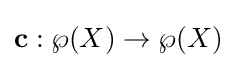
\mathbf {c} :\wp (X)\to \wp (X)